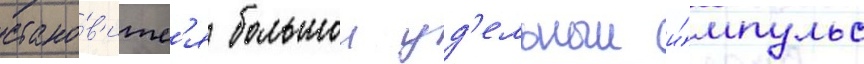
стано́в'итс'я большои уд'ельныи и́мпульс